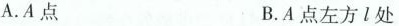
A.A点 B.A点左方l处